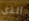
الذي